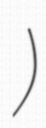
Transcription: Камское)